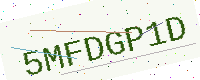
Text: 5MFDGP1D